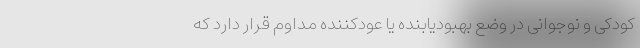
کودکی و نوجوانی در وضع بهبودیابنده یا عودکننده مداوم قرار دارد که